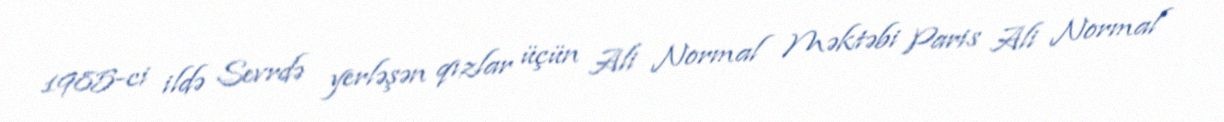
1985-ci ildə Sevrdə yerləşən qızlar üçün Ali Normal Məktəbi Paris Ali Normal